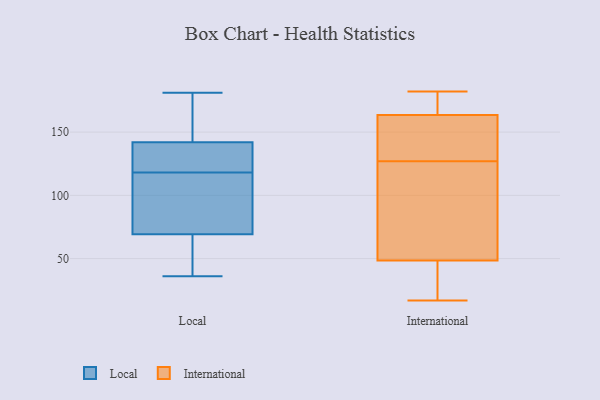
{"axis": {"x": "Satisfaction Score", "y": "Value"}, "legend": ["International", "Local"], "data": [{"x": "", "y": 36, "type": "Local"}, {"x": "", "y": 99, "type": "Local"}, {"x": "", "y": 181, "type": "Local"}, {"x": "", "y": 97, "type": "Local"}, {"x": "", "y": 133, "type": "Local"}, {"x": "", "y": 180, "type": "Local"}, {"x": "", "y": 118, "type": "Local"}, {"x": "", "y": 145, "type": "Local"}, {"x": "", "y": 60, "type": "Local"}, {"x": "", "y": 119, "type": "Local"}, {"x": "", "y": 70, "type": "Local"}, {"x": "", "y": 69, "type": "Local"}, {"x": "", "y": 150, "type": "Local"}, {"x": "", "y": 123, "type": "Local"}, {"x": "", "y": 38, "type": "Local"}, {"x": "", "y": 114, "type": "International"}, {"x": "", "y": 89, "type": "International"}, {"x": "", "y": 140, "type": "International"}, {"x": "", "y": 180, "type": "International"}, {"x": "", "y": 151, "type": "International"}, {"x": "", "y": 181, "type": "International"}, {"x": "", "y": 182, "type": "International"}, {"x": "", "y": 176, "type": "International"}, {"x": "", "y": 96, "type": "International"}, {"x": "", "y": 142, "type": "International"}, {"x": "", "y": 87, "type": "International"}, {"x": "", "y": 17, "type": "International"}, {"x": "", "y": 18, "type": "International"}, {"x": "", "y": 21, "type": "International"}, {"x": "", "y": 156, "type": "International"}, {"x": "", "y": 151, "type": "International"}, {"x": "", "y": 171, "type": "International"}, {"x": "", "y": 30, "type": "International"}, {"x": "", "y": 30, "type": "International"}, {"x": "", "y": 67, "type": "International"}]}